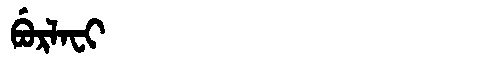
Manchu: ᠪᡠᡵᠯᠠᠸᡳ
Romanization: BURLAFI